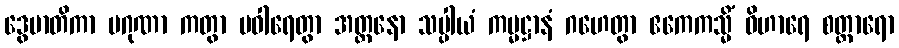
ဒွေမာတိကာ ပဂုဏာ ကတွာ ပဝါရေတွာ အတ္တနော သပ္ပါယံ ကမ္မဋ္ဌာနံ ဂဟေတွာ ဧကေကသ္မိံ ဝိဟာရေ စတ္တာရော